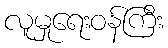
လူမှုရေးဝန်ကြီး